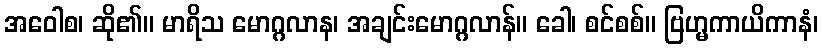
အဝေါစ၊ ဆို၏။ မာရိသ မောဂ္ဂလာန၊ အချင်းမောဂ္ဂလာန်။ ခေါ၊ စင်စစ်။ ဗြဟ္မကာယိကာနံ၊